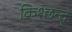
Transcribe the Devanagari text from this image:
क्रिश्छन्द्